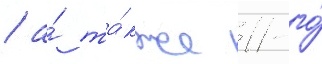
/ а́ та́кже 11-го́